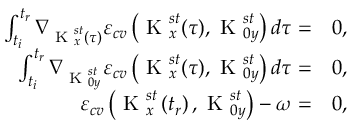
\begin{array} { r l } { \int _ { t _ { i } } ^ { t _ { r } } \nabla _ { \textrm { K } _ { x } ^ { s t } ( \tau ) } \varepsilon _ { c v } \left( \textrm { K } _ { x } ^ { s t } ( \tau ) , \textrm { K } _ { 0 y } ^ { s t } \right) d \tau = } & { { } 0 , } \\ { \int _ { t _ { i } } ^ { t _ { r } } \nabla _ { \textrm { K } _ { 0 y } ^ { s t } } \varepsilon _ { c v } \left( \textrm { K } _ { x } ^ { s t } ( \tau ) , \textrm { K } _ { 0 y } ^ { s t } \right) d \tau = } & { { } 0 , } \\ { \varepsilon _ { c v } \left( \textrm { K } _ { x } ^ { s t } \left( t _ { r } \right) , \textrm { K } _ { 0 y } ^ { s t } \right) - \omega = } & { { } 0 , } \end{array}